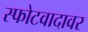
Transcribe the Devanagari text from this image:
स्फोटवादावर